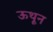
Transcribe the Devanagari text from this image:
ऊथून